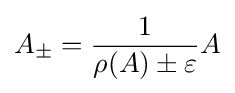
A_{\pm }={\frac {1}{\rho (A)\pm \varepsilon }}A